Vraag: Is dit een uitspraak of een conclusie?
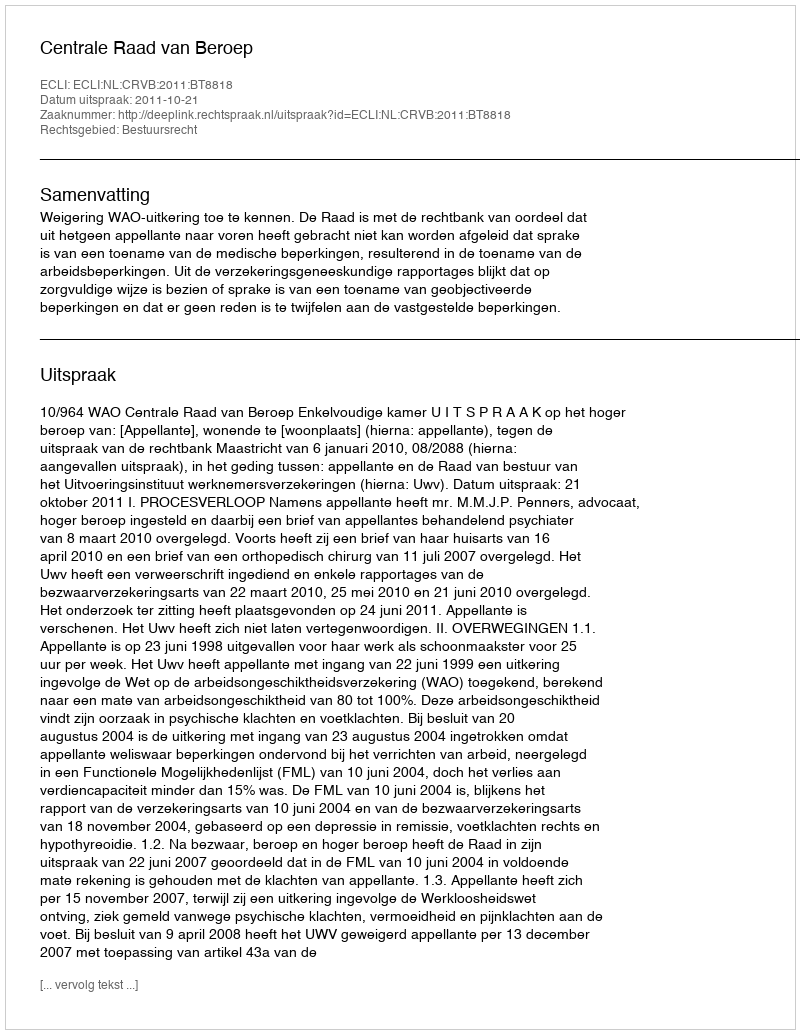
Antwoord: Uitspraak